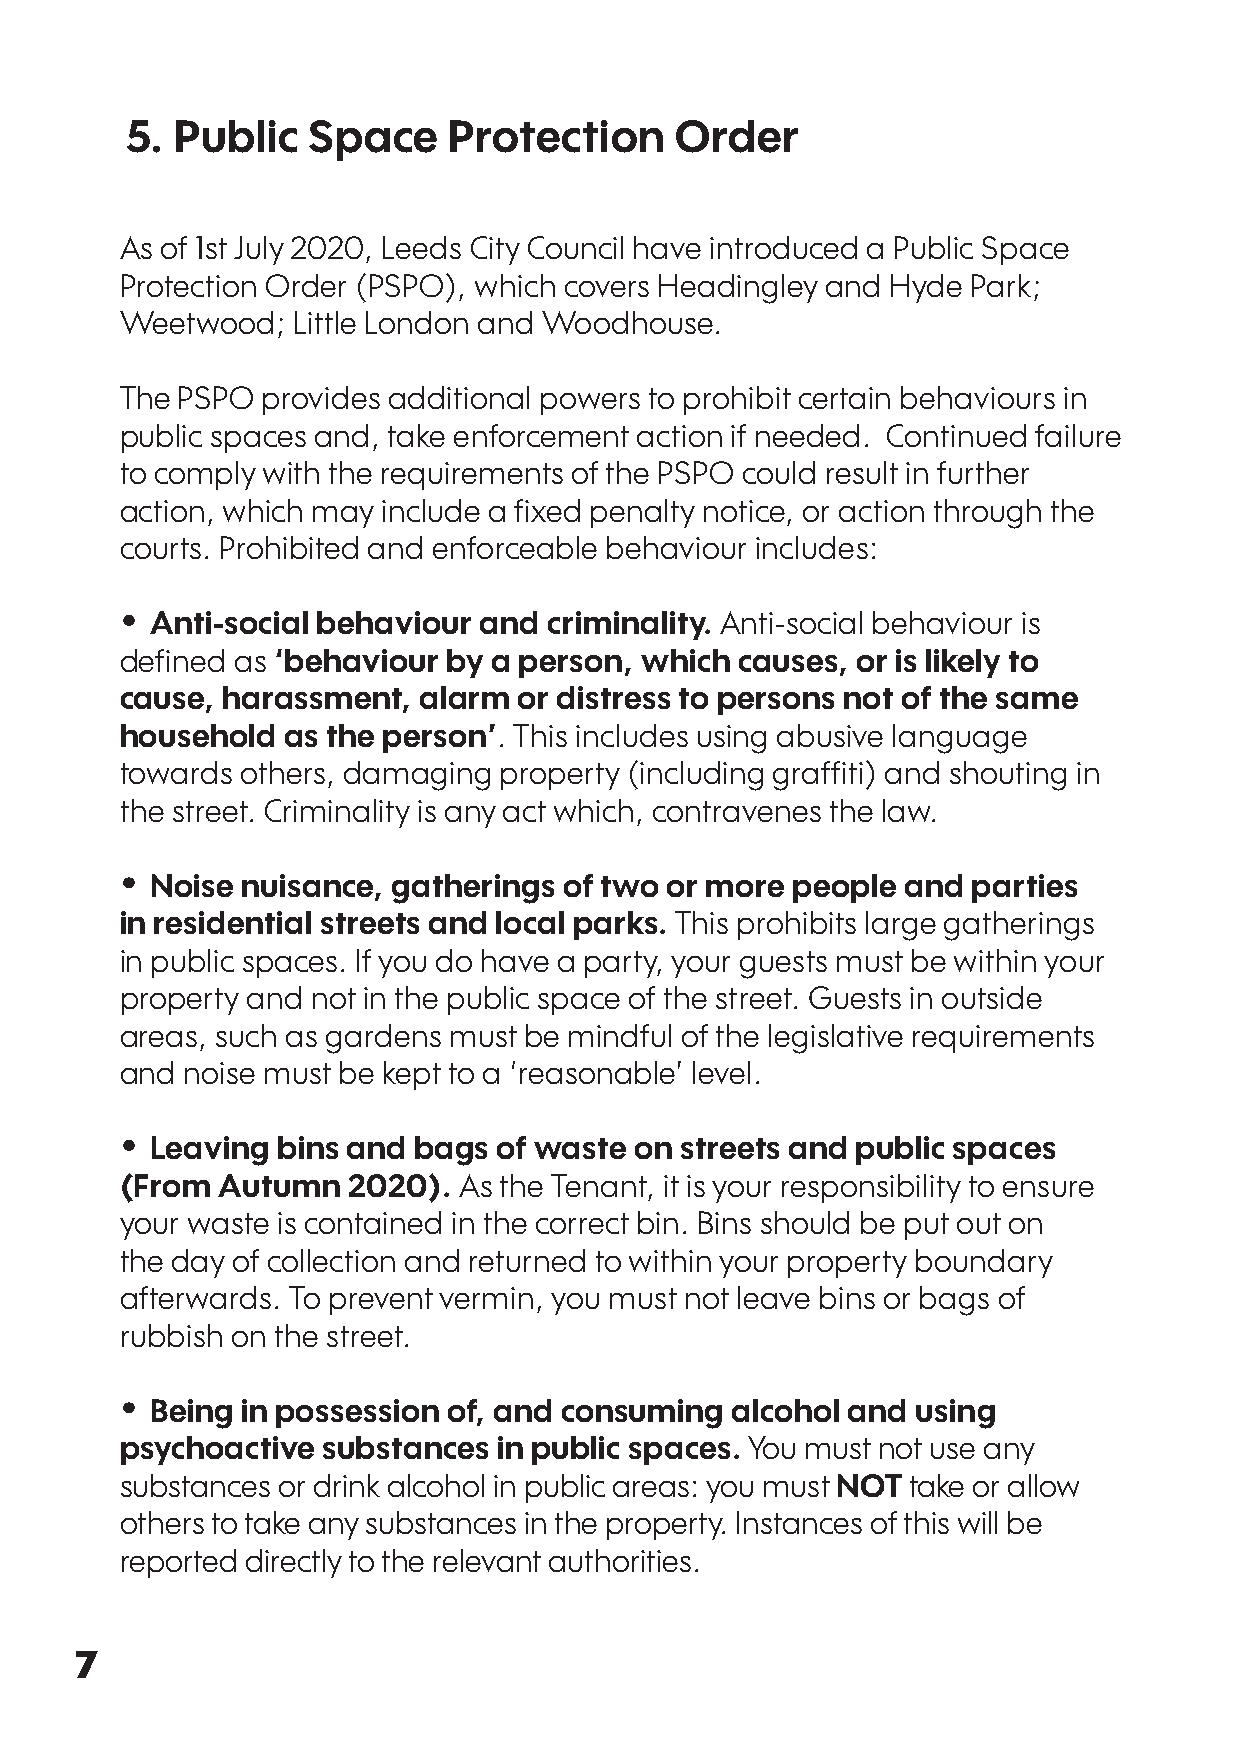
5.  Public  Space     Protection     Order
 As of 1st July 2020, Leeds City Council have introduced a Public Space
 Protection Order (PSPO), which covers Headingley and Hyde Park;
 Weetwood;  Little London and Woodhouse.
 The PSPO provides additional powers to prohibit certain behaviours in
 public spaces and, take enforcement action if needed. Continued failure
 to comply with the requirements of the PSPO could result in further
 action, which may include a fixed penalty notice, or action through the
 courts. Prohibited and enforceable behaviour includes:
 •
 Anti-social behaviour and criminality. Anti-social behaviour is
 defined as ‘behaviour by a person, which causes, or is likely to
 cause, harassment,  alarm or distress to persons not of the same
 household  as the person’. This includes using abusive language
 towards others, damaging property (including graffiti) and shouting in
 the street. Criminality is any act which, contravenes the law.
 •
 Noise nuisance, gatherings of two or more people  and parties
 in residential streets and local parks. This prohibits large gatherings
 in public spaces. If you do have a party, your guests must be within your
 property and not in the public space of the street. Guests in outside
 areas, such as gardens must be mindful of the legislative requirements
 and noise must be kept to a ‘reasonable’ level.
 •
 Leaving bins and bags  of waste on streets and public spaces
 (From Autumn   2020). As the Tenant, it is your responsibility to ensure
 your waste is contained in the correct bin. Bins should be put out on
 the day of collection and returned to within your property boundary
 afterwards. To prevent vermin, you must not leave bins or bags of
 rubbish on the street.
 •
 Being in possession of, and consuming alcohol and  using
 psychoactive substances  in public spaces. You must not use any
 substances or drink alcohol in public areas: you must NOT take or allow
 others to take any substances in the property. Instances of this will be
 reported directly to the relevant authorities.
 7